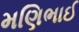
મણિભાઈ